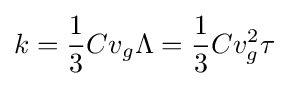
k={\frac {1}{3}}Cv_{g}\Lambda ={\frac {1}{3}}Cv_{g}^{2}\tau